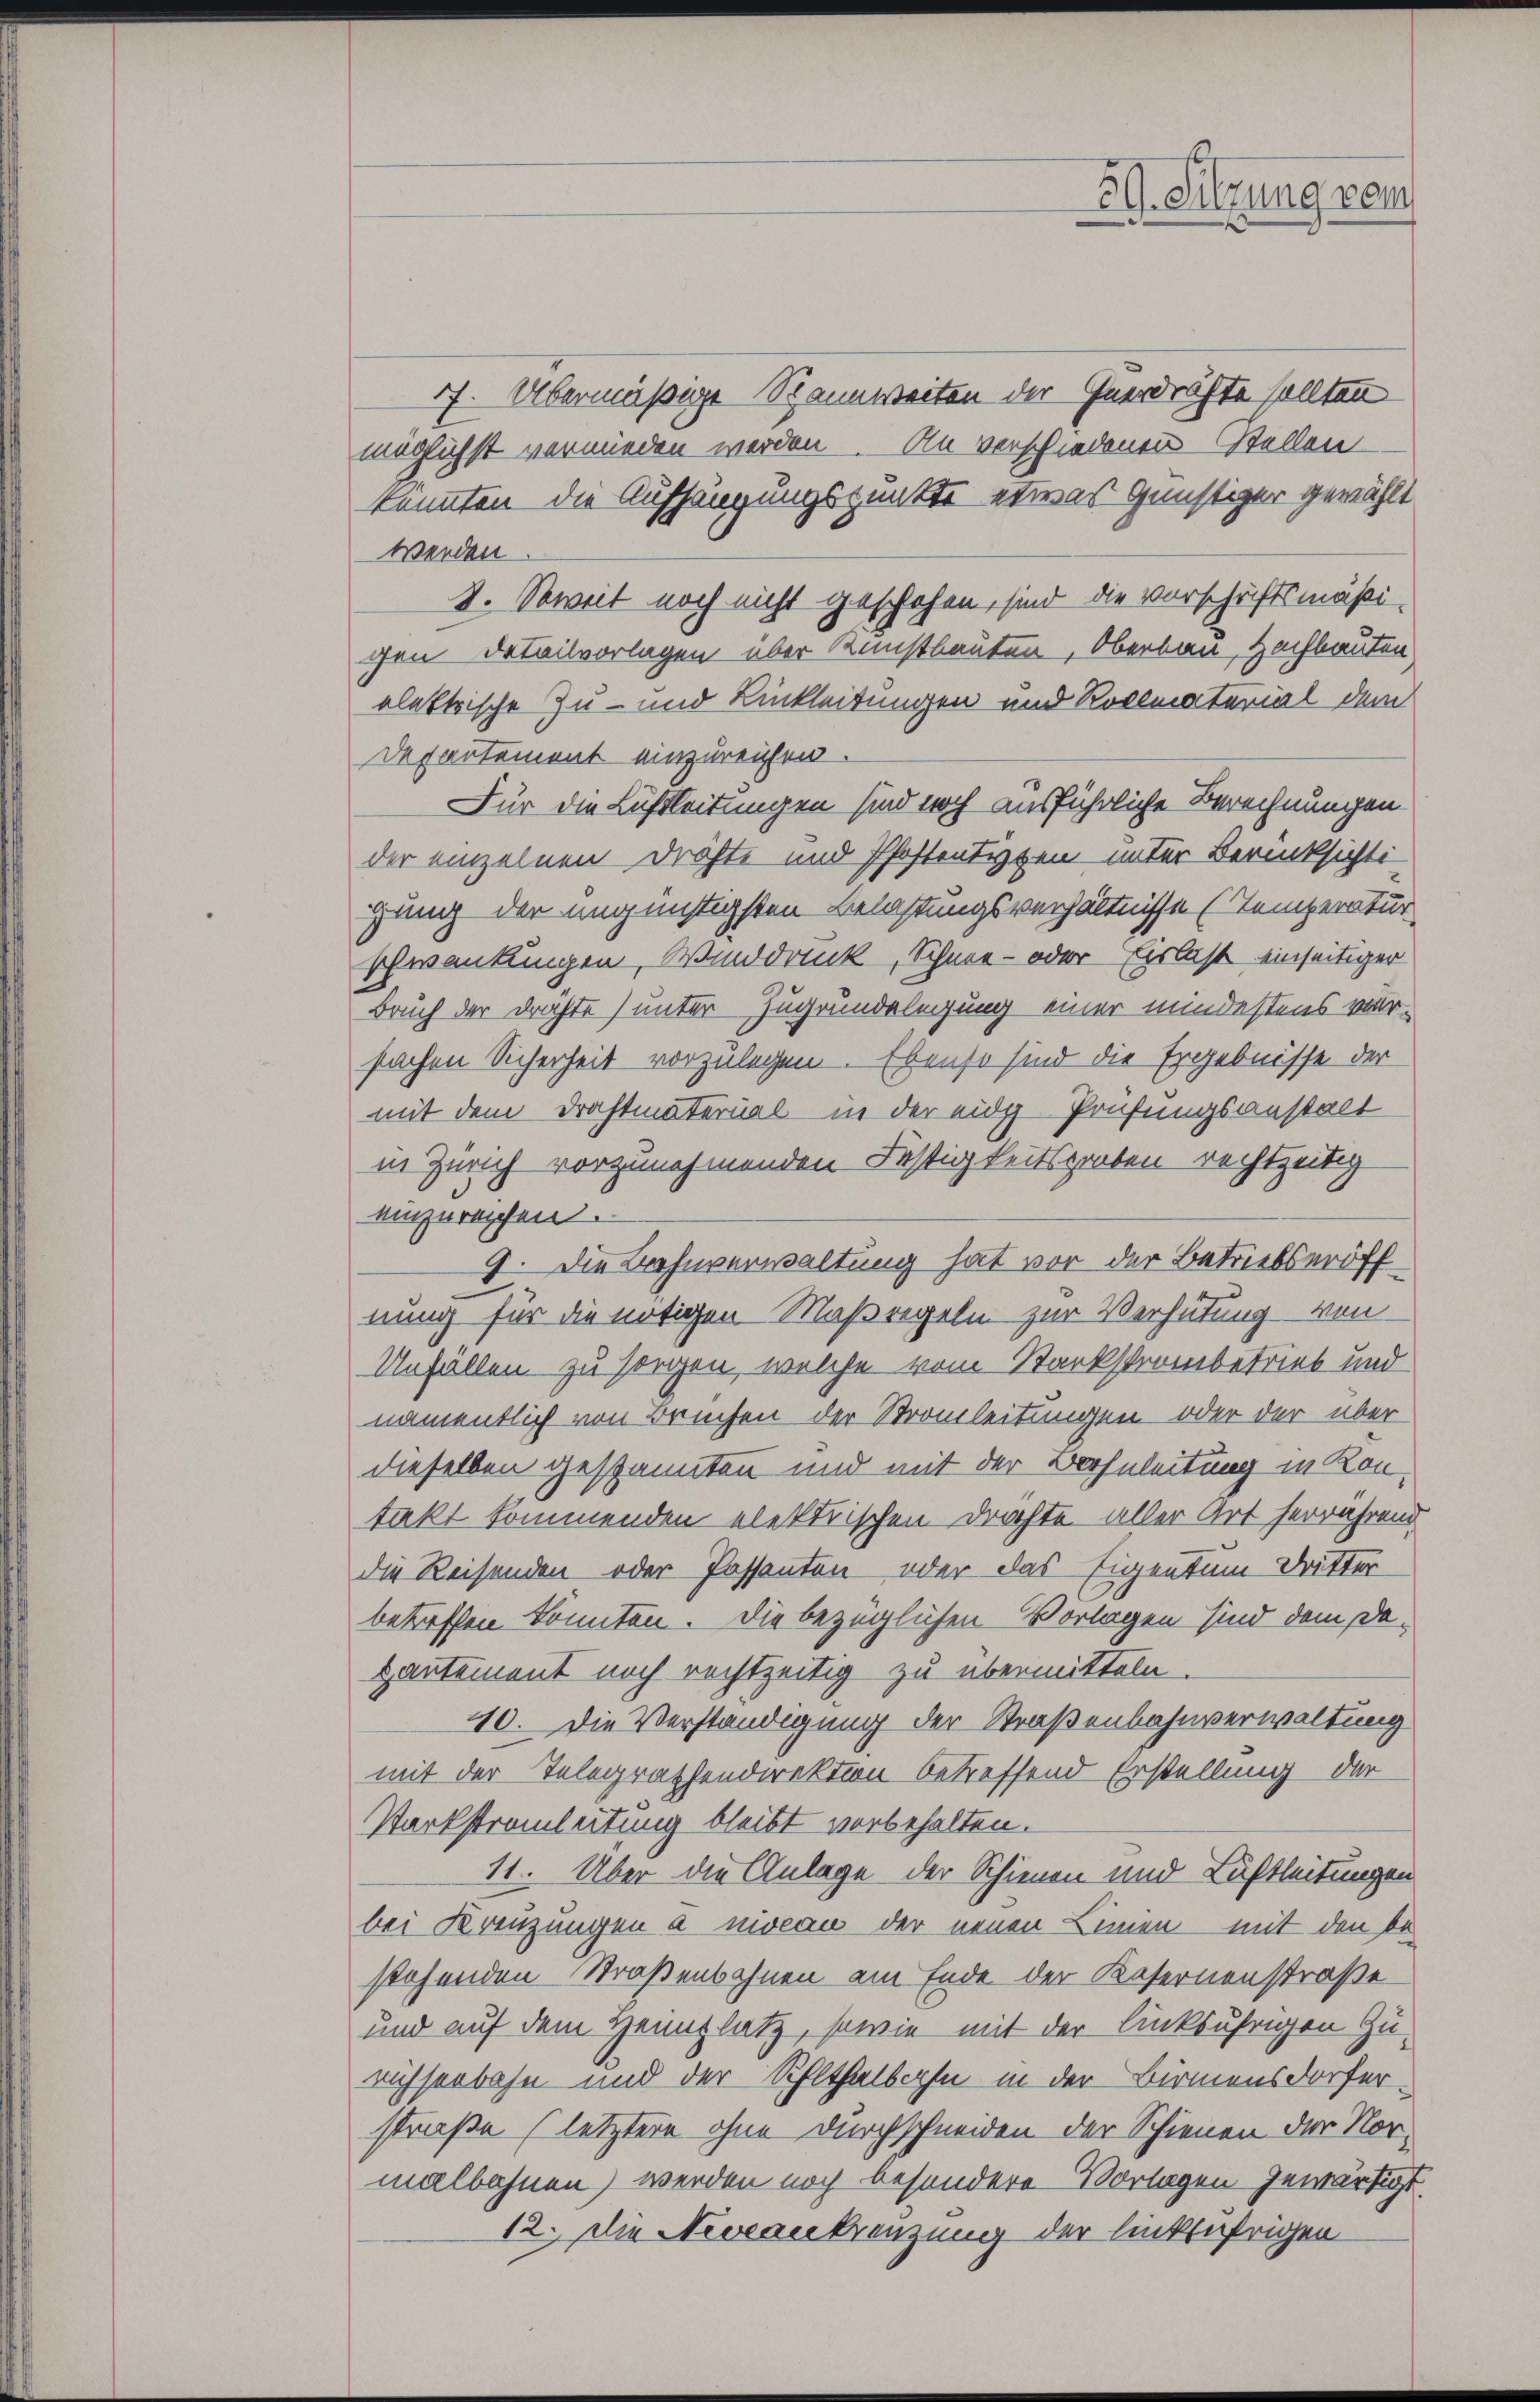
17. Übermäßige Rannweiten der Enerdräfte sollten
möglichst vermieden werden. An verschiedenen Stellen
konnten die Aufhängungspunkte etwas günstiger gewählt.
werden
2. Soweit noch nicht geschehen, sind die Vorschriftsmäßi-
gen Detailvorlagen über Kunstbauten, Oberbau, Zachbauten
elektrische Zu- und Linkleitungen und Kollmaterial dem
Departement einzureichen.
Für die Luftleitungen sind noch ausführliche Berechnungen
der einzelnen Drahte und Pfostentypen unter Berücksichti-
gung der ungünstigsten Belastungsverhältnisse (Temperatur
schwankungen, Winddruck, Schnee- oder Eislast einseitiger
Bruch der drähte) unter Zugrundelegung einer mindestens ver-
fachen Sicherheit vorzulegen. Ebenso sind die Ergebnisse der
mit dem Drahtmaterial - in der eidg-Prüfungsanstalt
in Zürich vorzunehmenden Festigkeitsgraben rechtzeitig
einzureichen.
9. Die Bahnverwaltung hat vor der Betriebseröffnung für die nötigen Maßregeln zur Verhütung von
Unfällen zu sorgen, welche vom Stankstranbetrieb und
namentlich von Bruchen der Stromleitungen oder der über
dieselben gespannten und mit der Brohnleitung in Kontakt kommenden elektrischen Drachte aller Art herrührend
die Reisenden oder Passanten oder das Eigentum dritter
betreffen könnten. Die bezüglichen Vorlagen sind dem Dapantement noch rechtzeitig zu übermitteln.
40. Die Verständigung der Straßenbahnverwaltung
mit der Telegrathendirektion betreffend Erstellung der
Starkstramleitung bleibt vorbehalten.
11. Über die Anlage der Schienen und Luftleitungen
bei Kreuzungen a meau der neuen Linien mit den be-
stehenden Straßenbahnen am Ende der Kasernenstraße
und auf dem Heimplatz, sowie mit der linksufrigen Zu-
richsenbahn und der Schlthalbahn in der Birmensdorferstraße (letztere ohne Durchschneiden der Schienen der Normalbahnen) werden noch besondere Vorlagen gewärtigt.
12. Die Niveaukreuzung der linkufrigen

59. Sitzung vom